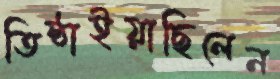
তিষ্ঠাইয়াছিলেন